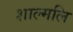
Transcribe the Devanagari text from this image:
शाल्मलि